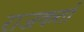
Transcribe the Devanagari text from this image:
राजकर्ता